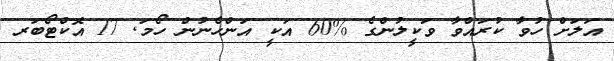
އަލަށް ހުވާ ކުރައްވާ ވަކީލުންގެ %60 އަކީ އަންހެނުން ހޯމަ